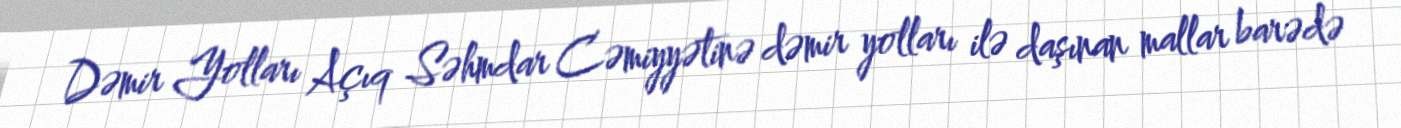
Dəmir Yolları Açıq Səhmdar Cəmiyyətinə dəmir yolları ilə daşınan mallar barədə